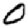
Digit: 0